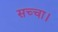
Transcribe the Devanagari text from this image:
सच्चा।